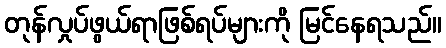
တုန်လှုပ်ဖွယ်ရာဖြစ်ရပ်များကို မြင်နေရသည်။